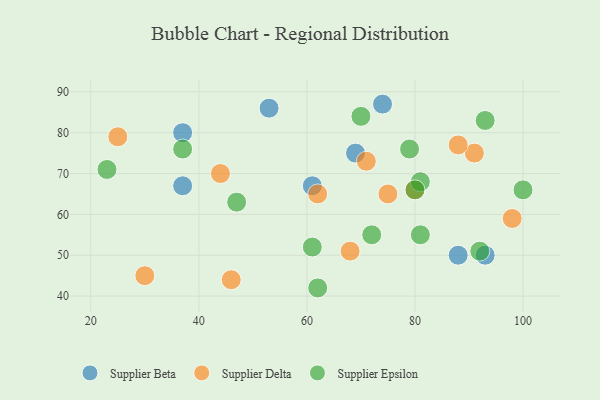
{"axis": {"x": "GDP", "y": "Life Expectancy"}, "legend": ["Supplier Beta", "Supplier Delta", "Supplier Epsilon"], "data": [{"x": "37", "y": 67, "type": "Supplier Beta"}, {"x": "61", "y": 67, "type": "Supplier Beta"}, {"x": "93", "y": 50, "type": "Supplier Beta"}, {"x": "69", "y": 75, "type": "Supplier Beta"}, {"x": "37", "y": 80, "type": "Supplier Beta"}, {"x": "53", "y": 86, "type": "Supplier Beta"}, {"x": "88", "y": 50, "type": "Supplier Beta"}, {"x": "74", "y": 87, "type": "Supplier Beta"}, {"x": "98", "y": 59, "type": "Supplier Delta"}, {"x": "30", "y": 45, "type": "Supplier Delta"}, {"x": "62", "y": 65, "type": "Supplier Delta"}, {"x": "80", "y": 66, "type": "Supplier Delta"}, {"x": "75", "y": 65, "type": "Supplier Delta"}, {"x": "68", "y": 51, "type": "Supplier Delta"}, {"x": "44", "y": 70, "type": "Supplier Delta"}, {"x": "91", "y": 75, "type": "Supplier Delta"}, {"x": "71", "y": 73, "type": "Supplier Delta"}, {"x": "88", "y": 77, "type": "Supplier Delta"}, {"x": "46", "y": 44, "type": "Supplier Delta"}, {"x": "25", "y": 79, "type": "Supplier Delta"}, {"x": "81", "y": 68, "type": "Supplier Epsilon"}, {"x": "92", "y": 51, "type": "Supplier Epsilon"}, {"x": "70", "y": 84, "type": "Supplier Epsilon"}, {"x": "61", "y": 52, "type": "Supplier Epsilon"}, {"x": "47", "y": 63, "type": "Supplier Epsilon"}, {"x": "62", "y": 42, "type": "Supplier Epsilon"}, {"x": "79", "y": 76, "type": "Supplier Epsilon"}, {"x": "93", "y": 83, "type": "Supplier Epsilon"}, {"x": "37", "y": 76, "type": "Supplier Epsilon"}, {"x": "72", "y": 55, "type": "Supplier Epsilon"}, {"x": "80", "y": 66, "type": "Supplier Epsilon"}, {"x": "100", "y": 66, "type": "Supplier Epsilon"}, {"x": "81", "y": 55, "type": "Supplier Epsilon"}, {"x": "23", "y": 71, "type": "Supplier Epsilon"}]}